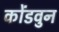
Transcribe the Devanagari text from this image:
कोंडवुन